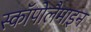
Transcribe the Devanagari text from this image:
स्कॉपोलैमाइन